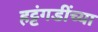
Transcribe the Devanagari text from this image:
हट्टंगडींच्या